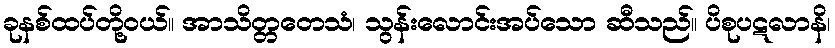
ခုနစ်ထပ်တို့ဝယ်။ အာသိတ္တတေသံ၊ သွန်းလောင်းအပ်သော ဆီသည်။ ပိစုပဋလာနိ၊